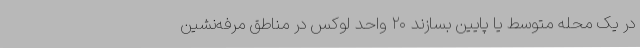
در یک محله متوسط یا پایین بسازند ۲۰ واحد لوکس در مناطق مرفه‌نشین